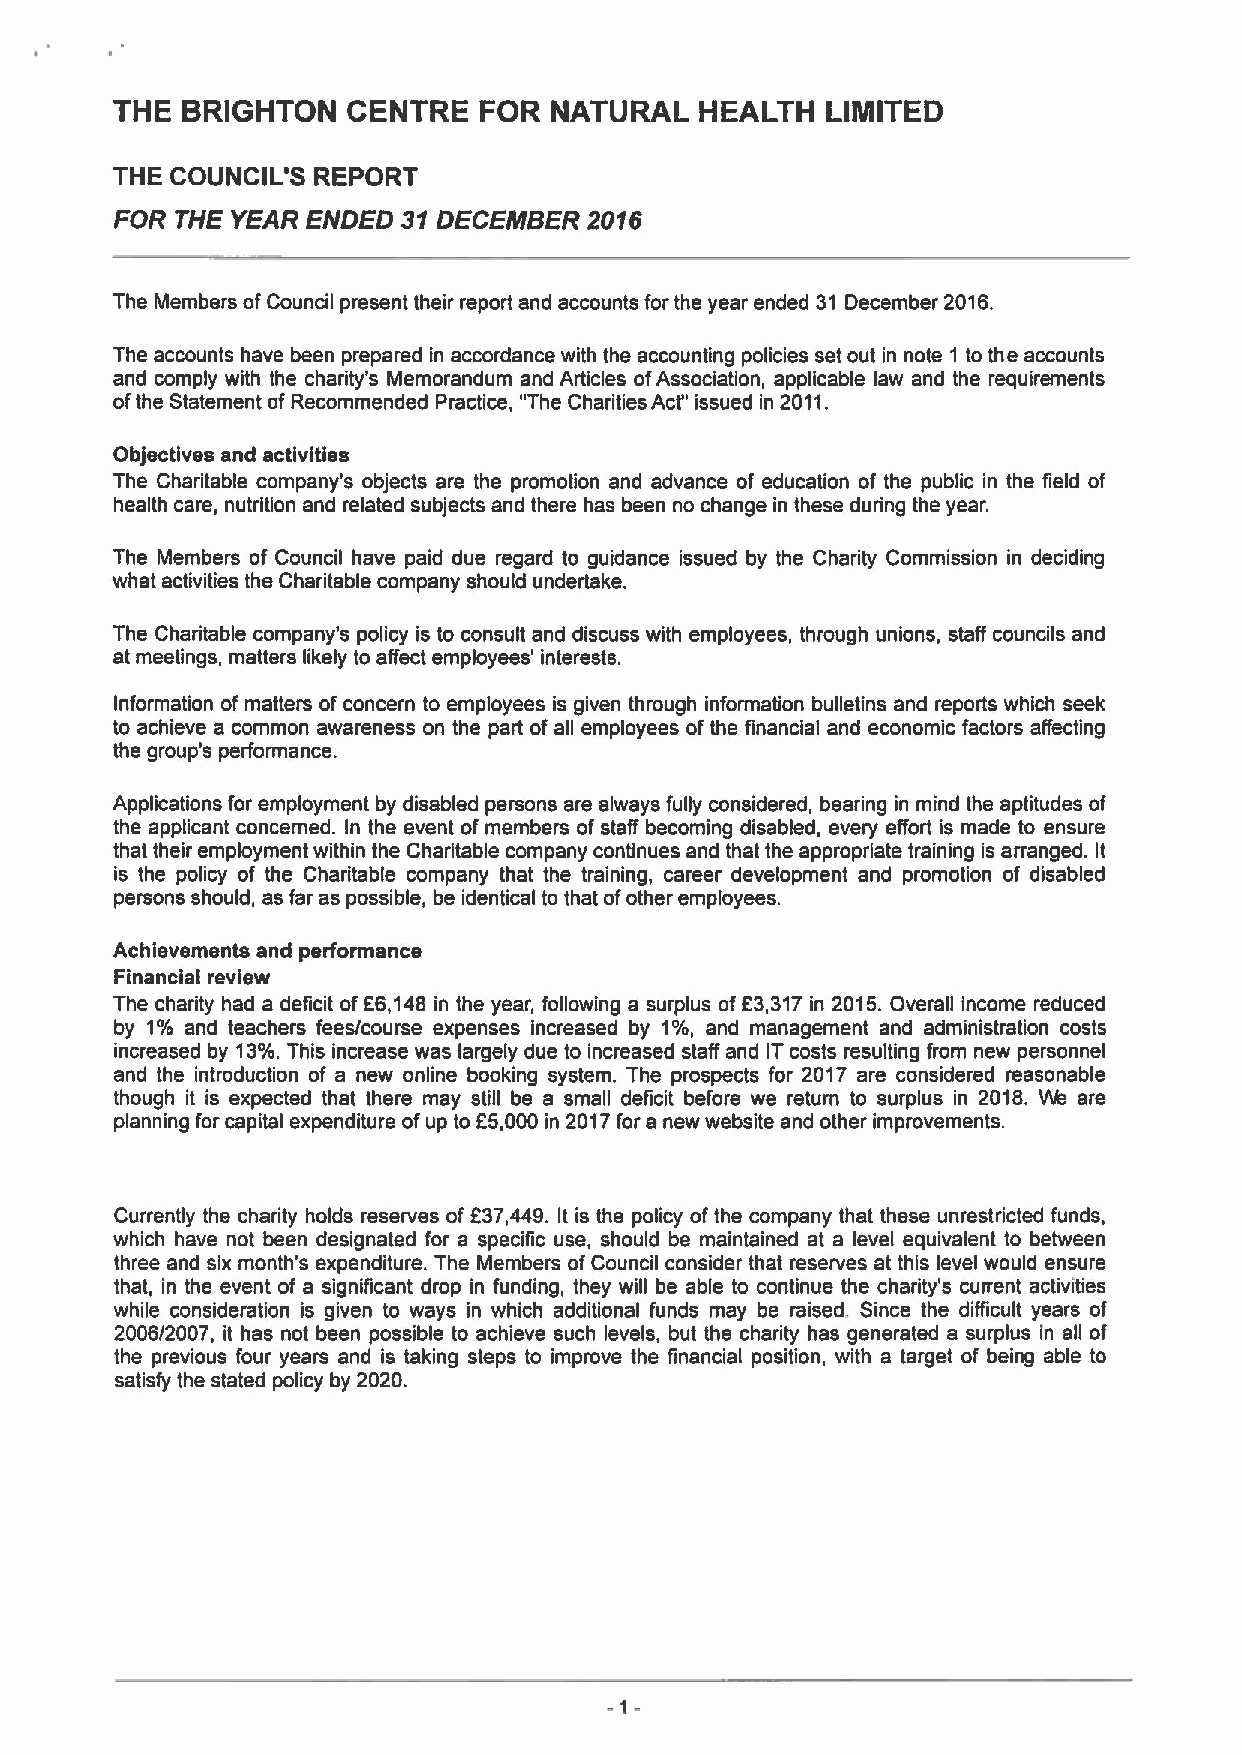
THE  BRIGHTON   CENTRE   FOR NATURAL   HEALTH   LIMITED
 THE COUNCIL'S REPORT
 FOR THE YEAR ENDED 31DECEIWBER 2016
 The Members ofCouncil present their report and accounts for the year ended 31 December 2016.
 The accounts have been prepared in accordance with the accounting policies set out in note 1 to the accounts
 and comply with the charity's Memorandum and Articles ofAssociation, applicable law and the requirements
 ofthe Statement ofRecommended Practice, "The Charities Act" issued in 2011.
 Objectives and activities
 The Charitable company's objects are the promotion and advance of education of the public in the field of
 health care, nutrition and related subjects and there has been no change in these during the year.
 The Members of Council have paid due regard to guidance issued by the Charity Commission in deciding
 what activities the Charitable company should undertake.
 The Charitable company's policy is to consult and discuss with employees, through unions, staff councils and
 at meetings, matters likely to affect employees' interests.
 Information of matters of concern to employees is given through information bulletins and reports which seek
 to achieve a common awareness on the part of all employees of the financial and economic factors affecting
 the group's performance.
 Applications for employment by disabled persons are always fully considered, bearing in mind the aptitudes of
 the applicant concerned. In the event of members of staff becoming disabled, every effort is made to ensure
 that their employment within the Charitable company continues and that the appropriate training is arranged. It
 is the policy of the Charitable company that the training, career development and promotion of disabled
 persons should, as far as possible, be identical to that ofother employees.
 Achievements and performance
 Financial review
 The charity had a deficit of66,148 in the year, following a surplus of63,317in 2015.Overall income reduced
 by 1% and teachers fees/course expenses increased by 1%, and management and administration costs
 increased by 13%.This increase was largely due to increased staff and ITcosts resulting from new personnel
 and the introduction of a new online booking system. The prospects for 2017 are considered reasonable
 though it is expected that there may still be a small deficit before we return to surplus in 2018. vs are
 f
 planning for capital expenditure ofup to 5,000 in 2017for a new website and other improvements.
 Currently the charity holds reserves of 637,449. It is the policy ofthe company that these unrestricted funds,
 which have not been designated for a specific use, should be maintained at a level equivalent to between
 three and six month's expenditure. The Members ofCouncil consider that reserves at this level would ensure
 that, in the event of a significant drop in funding, they will be able to continue the charity's cun'ent activities
 while consideration is given to ways in which additional funds may be raised. Since the difficult years of
 2006/2007, it has not been possible to achieve such levels, but the charity has generated a surplus In all of
 the previous four years and is taking steps to improve the financial position, with a target of being able to
 satisfy the stated policy by 2020.